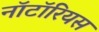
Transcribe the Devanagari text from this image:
नॉटॉरियस